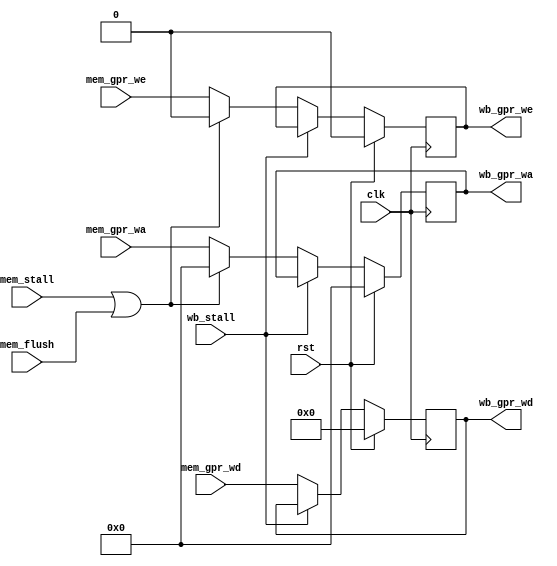
module ada_memwb_stage(
    input               clk,        // main clock
    input               rst,        // main reset
    input       [31:0]  mem_gpr_wd, // data to GPR
    input       [4:0]   mem_gpr_wa, // GPR write address
    input               mem_gpr_we, // GPR write enable
    input               mem_flush,  // flush MEM stage
    input               mem_stall,  // stall MEM stage
    input               wb_stall,   // stall WB stage
    output  reg [31:0]  wb_gpr_wd,  // data to GPR
    output  reg [4:0]   wb_gpr_wa,  // GPR write address
    output  reg         wb_gpr_we   // GPR write enable
    );

    //--------------------------------------------------------------------------
    // Propagate signals
    // Stall WB only if MEM is stalled, and MEM needs data forwarded from WB.
    //--------------------------------------------------------------------------
    always @(posedge clk) begin
        wb_gpr_wd <= (rst) ? 31'b0 : ((wb_stall) ? wb_gpr_wd                                  : mem_gpr_wd);
        wb_gpr_wa <= (rst) ? 5'b0  : ((wb_stall) ? wb_gpr_wa :((mem_stall | mem_flush) ? 5'b0 : mem_gpr_wa));
        wb_gpr_we <= (rst) ? 1'b0  : ((wb_stall) ? wb_gpr_we :((mem_stall | mem_flush) ? 1'b0 : mem_gpr_we));
    end
endmodule